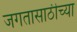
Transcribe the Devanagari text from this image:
जगतासाठीच्या